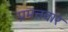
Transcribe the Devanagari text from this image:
प्रमत्तवार